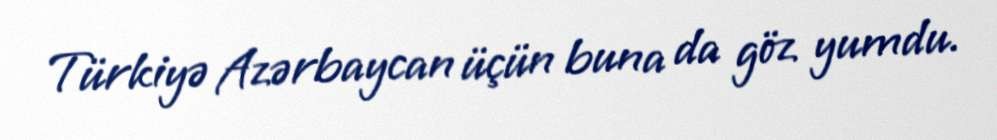
Türkiyə Azərbaycan üçün buna da göz yumdu.